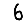
Digit: 6